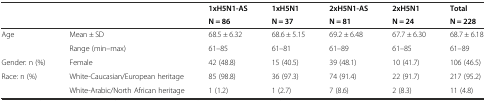
| <ROWSPAN=2>  | <ROWSPAN=2>  | 1xH5N1-AS | 1xH5N1 | 2xH5N1-AS | 2xH5N1 | Total |
 | N = 86 | N = 37 | N = 81 | N = 24 | N = 228 |
 | --- | --- | --- | --- | --- | --- | --- |
 | Age | Mean ± SD | 68.5 ± 6.32 | 68.6 ± 5.15 | 69.2 ± 6.48 | 67.7 ± 6.30 | 68.7 ± 6.18 |
 |  | Range (min–max) | 61–85 | 61–81 | 61–89 | 61–85 | 61–89 |
 | Gender: n (%) | Female | 42 (48.8) | 15 (40.5) | 39 (48.1) | 10 (41.7) | 106 (46.5) |
 | Race: n (%) | White-Caucasian/European heritage | 85 (98.8) | 36 (97.3) | 74 (91.4) | 22 (91.7) | 217 (95.2) |
 |  | White-Arabic/North African heritage | 1 (1.2) | 1 (2.7) | 7 (8.6) | 2 (8.3) | 11 (4.8) |